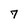
Character: 7